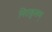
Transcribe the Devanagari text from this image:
निराकुलम्